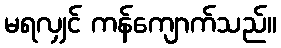
မရလျှင် ကန်ကျောက်သည်။